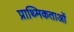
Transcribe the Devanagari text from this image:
प्राथ्मिकताओं